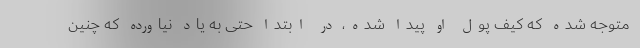
متوجه شده که کیف پول او پیدا شده، در ابتدا حتی به یاد نیاورده که چنین